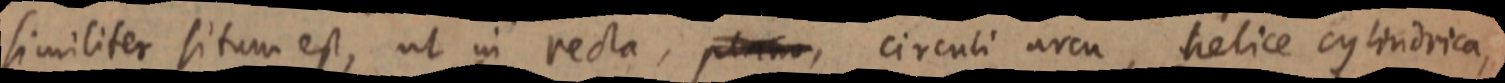
similiter situm est, ut in recta, plano, circuli arcu, helice cylindrica,